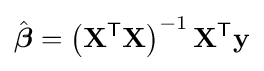
{\hat {\boldsymbol {\beta }}}=\left(\mathbf {X} ^{\textsf {T}}\mathbf {X} \right)^{-1}\mathbf {X} ^{\textsf {T}}\mathbf {y}